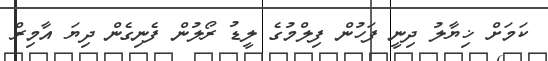
ކަމަށް ޚިޔާލު ދިނީ ފަހުން ފިލްމުގެ ލީޑު ރޯލުން ފެނިގެން ދިޔަ އާމިރް